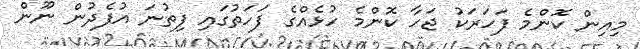
މިއިން ކޮންމެ ފަހަރަކު ޖަހާ ކޮންމެ ހުޅެއްގެ ފަހަތުގައި ފިތުނަ އުފެދުން ނޫން